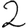
Digit: 2